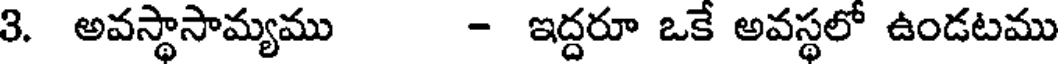
3. అవస్థాసామ్యము - ఇద్దరూ ఒకే అవస్థలో ఉండటము